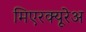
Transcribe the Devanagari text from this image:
मिएरक्यूरेअ